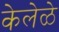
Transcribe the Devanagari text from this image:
केलेळे